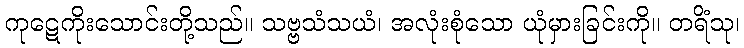
ကုဋေကိုးသောင်းတို့သည်။ သဗ္ဗသံသယံ၊ အလုံးစုံသော ယုံမှားခြင်းကို။ တရိံသု၊